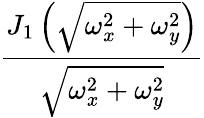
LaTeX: \frac{J_{1}\left({\sqrt{\omega_{x}^{2}+\omega_{y}^{2}}}\right)}{\sqrt{\omega_{x}^{2}+\omega_{y}^{2}}}